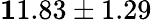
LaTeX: {\mathbf 11.83\pm 1.29}